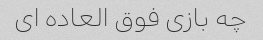
چه بازی فوق العاده ای